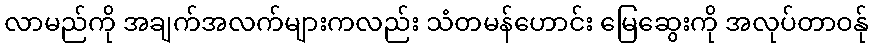
လာမည်ကို အချက်အလက်များကလည်း သံတမန်ဟောင်း မြေဆွေးကို အလုပ်တာဝန်ု